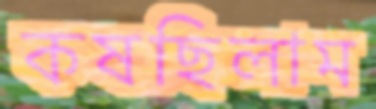
কষছিলাম